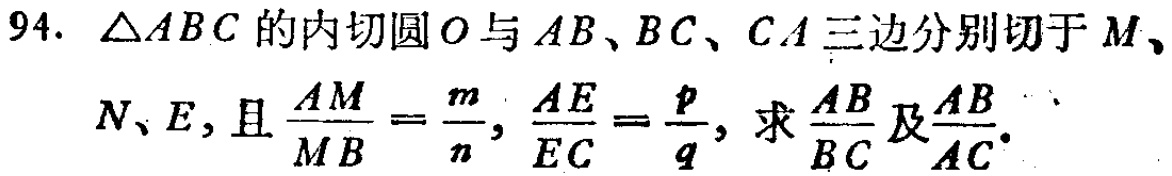
94. $\triangle ABC$的内切圆$O$与$AB、BC、CA$三边分别切于$M、$

$N、E$，且$\frac{AM}{MB}=\frac{m}{n},\frac{AE}{EC}=\frac{p}{q}$，求$\frac{AB}{BC}$及$\frac{AB}{AC}.$